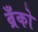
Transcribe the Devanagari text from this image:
ब्रँको